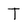
Character: T